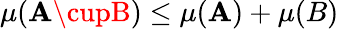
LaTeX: \mu(\mathbf{A}\cupB)\leq\mu(\mathbf{A})+\mu(B)